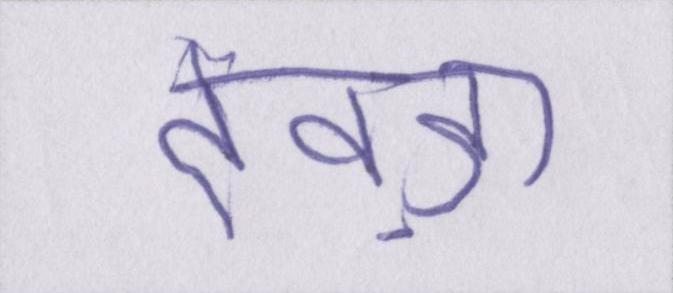
देवड़ा